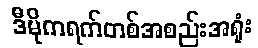
ဒီမိုကရက်တစ်အစည်းအရုံး